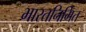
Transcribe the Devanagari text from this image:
भारतनिर्मित